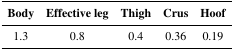
| Body | Effective leg | Thigh | Crus | Hoof |
 | --- | --- | --- | --- | --- |
 | 1.3 | 0.8 | 0.4 | 0.36 | 0.19 |